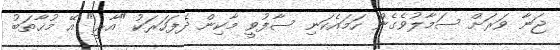
ޖަނާ ވަރަށް ސަމާލުވެގެން ހަމައެކަނި ސާފުވީ މާކިން ދެފަހަރަކު "އާރީ" އޭ މުޚާތަބު